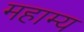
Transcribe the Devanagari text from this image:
महाम्य